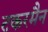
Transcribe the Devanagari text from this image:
टकरमैन